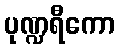
ပုဏ္ဍရီကော